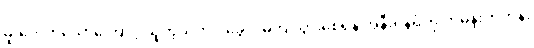
မူးဝေလာသောကြောင့် သူကိုယ်တိုင် ခွေလဲမကျသွားစေရန် အနီးရှိနံရံကို ကမန်းကတန်း